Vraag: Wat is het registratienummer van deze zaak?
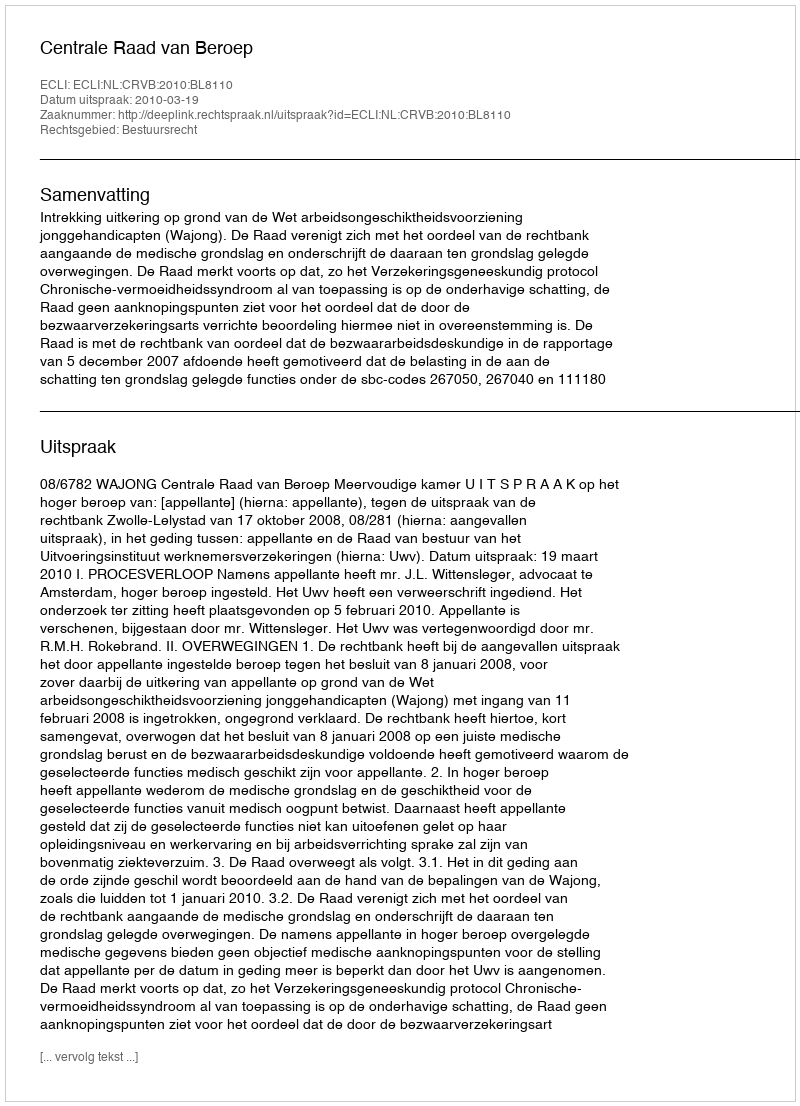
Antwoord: http://deeplink.rechtspraak.nl/uitspraak?id=ECLI:NL:CRVB:2010:BL8110